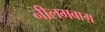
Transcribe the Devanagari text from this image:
नीलमबाग़